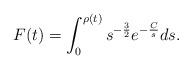
LaTeX: \begin{align*}F(t)=\int_0^{\rho(t)}s^{-\frac{3}{2}}e^{-\frac{C}{s}}ds.\end{align*}